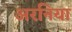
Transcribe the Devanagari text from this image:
अरनिया